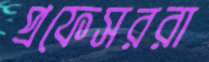
প্রফেসররা